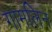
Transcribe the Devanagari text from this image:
गामलिन